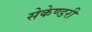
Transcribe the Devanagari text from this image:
सेकेण्‍डरी